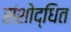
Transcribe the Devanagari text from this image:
संशोद्धित